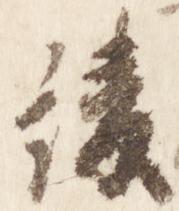
綾